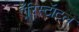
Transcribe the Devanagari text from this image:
एॅरिस्टॅाटल